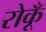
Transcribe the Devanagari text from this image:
रोकूँ